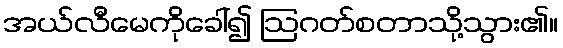
အယ်လီမေကိုခေါ်၍ ဩဂတ်စတာသို့သွား၏။